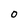
Character: O